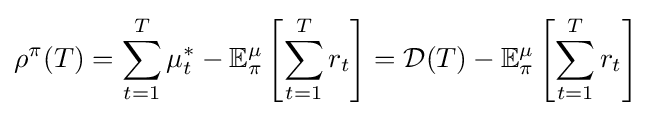
\rho ^{\pi }(T)=\sum _{t=1}^{T}{\mu _{t}^{*}}-\mathbb {E} _{\pi }^{\mu }\left[\sum _{t=1}^{T}{r_{t}}\right]={\mathcal {D}}(T)-\mathbb {E} _{\pi }^{\mu }\left[\sum _{t=1}^{T}{r_{t}}\right]